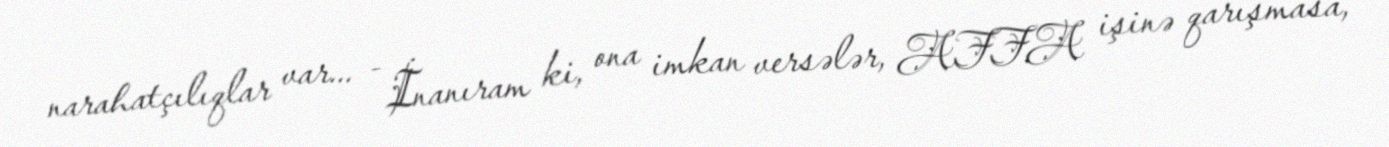
narahatçılıqlar var... - İnanıram ki, ona imkan versələr, AFFA işinə qarışmasa,